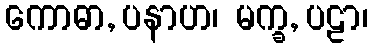
ကောဓာ, ပနာဟ၊ မက္ခ, ပဠာ၊